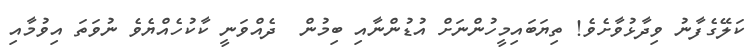
ކަލޭގެފާނު ވިދާޅުވާށެވެ! ތިޔަބައިމީހުންނަށް އުޑުންނާއި ބިމުން  ދެއްވަނީ ކާކުހެއްޔެވެ ނުވަތަ އިވުމާއި